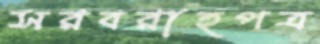
সরবরাহপত্র